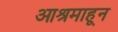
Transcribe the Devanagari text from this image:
आश्रमाहून